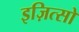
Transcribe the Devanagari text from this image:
इज़ित्सो